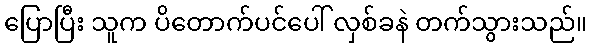
ပြောပြီး သူက ပိတောက်ပင်ပေါ် လှစ်ခနဲ တက်သွားသည်။